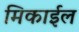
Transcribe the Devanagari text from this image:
मिकाईल